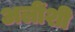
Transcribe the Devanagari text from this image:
अलींशी